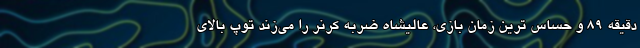
دقیقه 89 و حساس ترین زمان بازی، عالیشاه ضربه کرنر را می‌زند توپ بالای